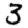
Digit: 3